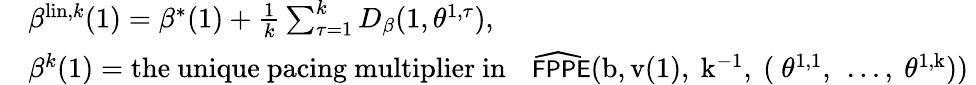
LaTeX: \begin{array}{rl}&{\beta^{\mathrm{lin},k}(1)=\beta^{*}(1)+\frac 1{{k}}\sum_{\tau=1}^{k}D_{\beta}(1,\theta^{1,\tau}),}\\ &{\beta^{k}(1)=\mathrm{the~unique~pacing~multiplier~in~{~\small~\widehat{~\textsf{{FPPE}}}}(b,v(1),~k^{-1},~(~\theta^{1,1},~\dots,~\theta^{1,k}))~}}\end{array}